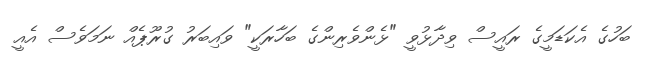
ބަހުގެ އެކަޑަމީގެ ރައީސް ވިދާޅުވީ "ޅެންވެރިންގެ ބަހާރަކީ" ވައިބަރު ގުރޫޕެއް ނަމަވެސް އެއީ